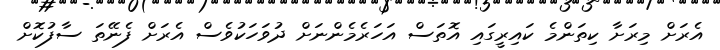
އެރަށް މިރަށާ ކިތަންމެ ކައިރީގައި އޮތަސް އަހަރެމެންނަށް ދުވަހަކުވެސް އެރަށް ފެނޭތަ ސާފުކޮށް